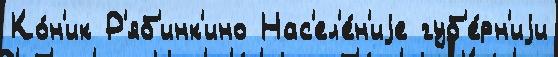
Ко́н'ик Р'яб'инк'ино Нас'ел'е́н'иjе губ'е́рн'иjи